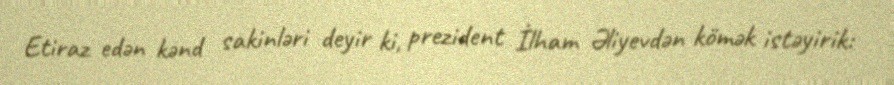
Etiraz edən kənd sakinləri deyir ki, prezident İlham Əliyevdən kömək istəyirik: